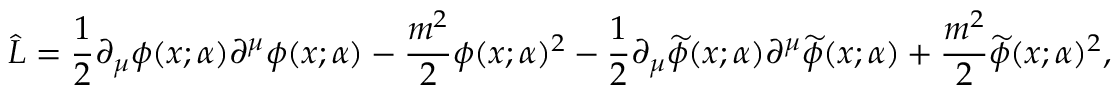
\widehat { L } = \frac { 1 } { 2 } \partial _ { \mu } \phi ( x ; \alpha ) \partial ^ { \mu } \phi ( x ; \alpha ) - \frac { m ^ { 2 } } { 2 } \phi ( x ; \alpha ) ^ { 2 } - \frac { 1 } { 2 } \partial _ { \mu } \widetilde { \phi } ( x ; \alpha ) \partial ^ { \mu } \widetilde { \phi } ( x ; \alpha ) + \frac { m ^ { 2 } } { 2 } \widetilde { \phi } ( x ; \alpha ) ^ { 2 } ,